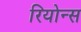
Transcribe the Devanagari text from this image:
रियोन्स